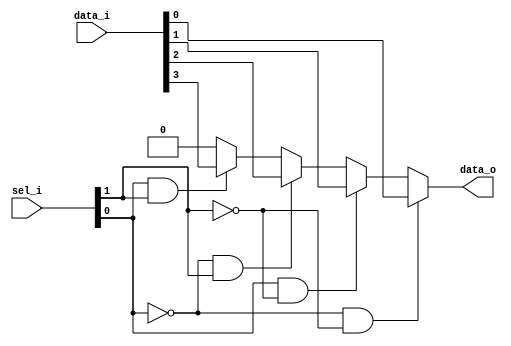
module bsg_mux_width_p1_els_p4_harden_p1_balanced_p1
(
  data_i,
  sel_i,
  data_o
);

  input [3:0] data_i;
  input [1:0] sel_i;
  output [0:0] data_o;
  wire [0:0] data_o;
  wire N0,N1,N2,N3,N4,N5;
  assign data_o[0] = (N2)? data_i[0] : 
                     (N4)? data_i[1] : 
                     (N3)? data_i[2] : 
                     (N5)? data_i[3] : 1'b0;
  assign N0 = ~sel_i[0];
  assign N1 = ~sel_i[1];
  assign N2 = N0 & N1;
  assign N3 = N0 & sel_i[1];
  assign N4 = sel_i[0] & N1;
  assign N5 = sel_i[0] & sel_i[1];

endmodule